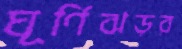
ঘূর্ণিঝড়র